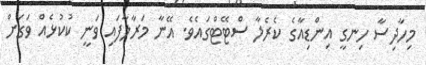
މިހާދިސާ ހިނގީ އިންޑިއާގެ ކެރެލާ ސްޓޭޓްގައެވެ. އޭނާ މަރާލާފައި ވަނީ ކުކުޅެއް ވަގަށް